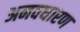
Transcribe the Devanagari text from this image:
अनवधारण